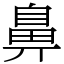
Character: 鼻